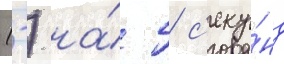
(-) на́ 5 с'еку́нд